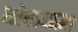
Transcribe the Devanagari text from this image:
स्तोमऽआत्मा